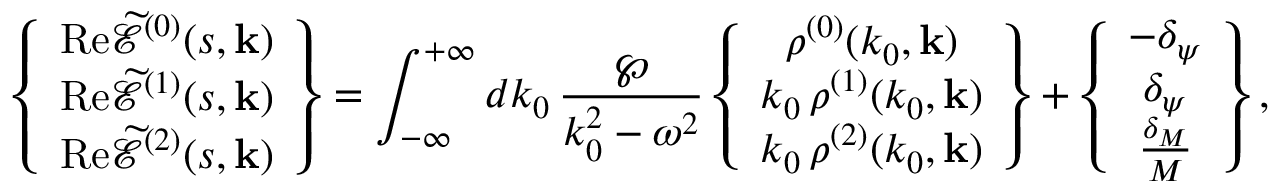
\left\{ \begin{array} { c } { { \mathrm { R e } \widetilde { \mathcal { E } } ^ { ( 0 ) } ( s , \mathbf { k } ) } } \\ { { \mathrm { R e } \widetilde { \mathcal { E } } ^ { ( 1 ) } ( s , \mathbf { k } ) } } \\ { { \mathrm { R e } \widetilde { \mathcal { E } } ^ { ( 2 ) } ( s , \mathbf { k } ) } } \end{array} \right\} = \int _ { - \infty } ^ { + \infty } d k _ { 0 } \, \frac { \wp } { k _ { 0 } ^ { 2 } - \omega ^ { 2 } } \left\{ \begin{array} { c } { { \rho ^ { ( 0 ) } ( k _ { 0 } , \mathbf { k } ) } } \\ { { k _ { 0 } \, \rho ^ { ( 1 ) } ( k _ { 0 } , \mathbf { k } ) } } \\ { { k _ { 0 } \, \rho ^ { ( 2 ) } ( k _ { 0 } , \mathbf { k } ) } } \end{array} \right\} + \left\{ \begin{array} { c } { { - \delta _ { \psi } } } \\ { { \delta _ { \psi } } } \\ { { \frac { \delta _ { M } } { M } } } \end{array} \right\} ,